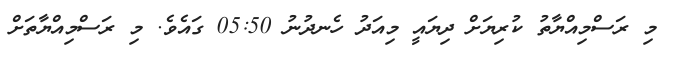
މި ރަސްމިއްޔާތު ކުރިޔަށް ދިޔައީ މިއަދު ހެނދުނު 05:50 ގައެވެ. މި ރަސްމިއްޔާތަށް